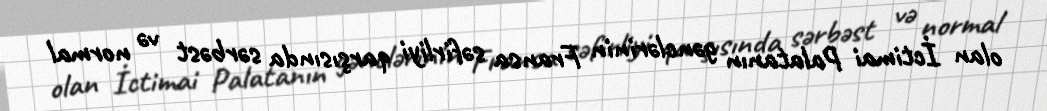
olan İctimai Palatanın gənclərinin Fransa səfirliyi qarşısında sərbəst və normal